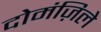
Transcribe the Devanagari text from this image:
दोमंज़िले